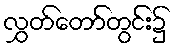
လွှတ်တော်တွင်း၌